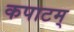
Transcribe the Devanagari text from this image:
कपाटम्